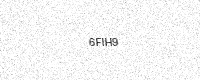
Text: 6FIH9